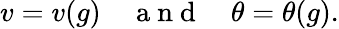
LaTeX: v=v(g)\quad\mathrm{~a~n~d~}\quad\theta=\theta(g).